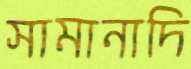
সামানাদি